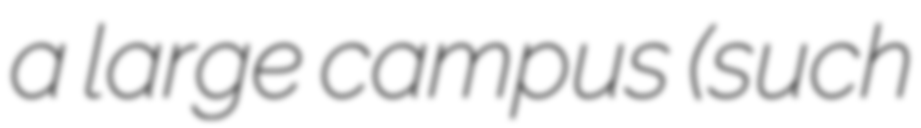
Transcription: a large campus (such